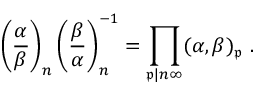
\left( { \frac { \alpha } { \beta } } \right) _ { n } \left( { \frac { \beta } { \alpha } } \right) _ { n } ^ { - 1 } = \prod _ { { \mathfrak { p } } | n \infty } ( \alpha , \beta ) _ { \mathfrak { p } } \ .